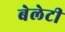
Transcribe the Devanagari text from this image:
बेलेटी